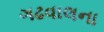
ગઢવાલના